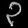
Digit: ၃